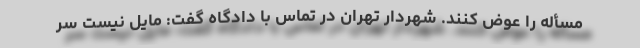
مسأله را عوض کنند. شهردار تهران در تماس با دادگاه گفت: مایل نیست سر